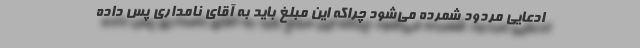
ادعایی مردود شمرده می‌شود چراکه این مبلغ باید به آقای نامداری پس داده